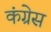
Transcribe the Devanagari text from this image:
कंग्रेस